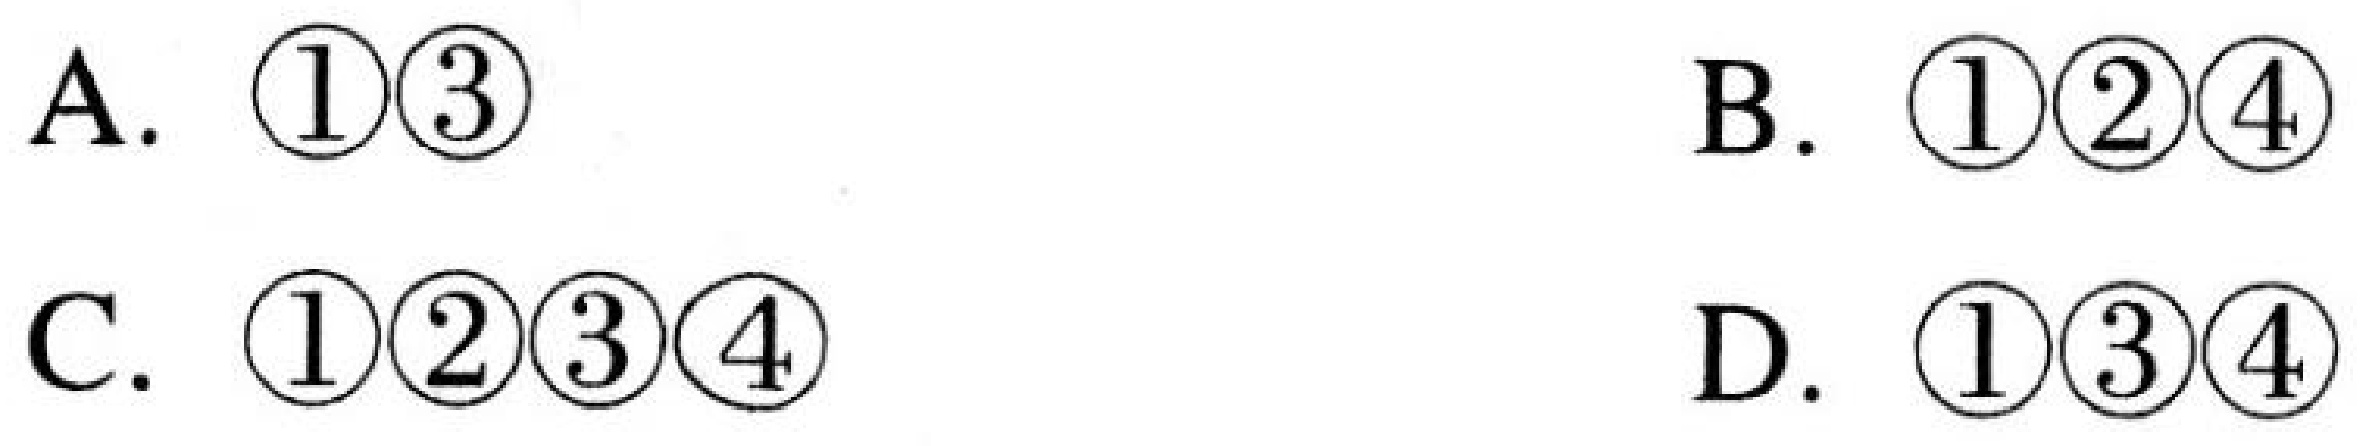
A. \(\textcircled{1}\textcircled{3}\)  B. \(\textcircled{1}\textcircled{2}\textcircled{4}\)  C. \(\textcircled{1}\textcircled{2}\textcircled{3}\textcircled{4}\)  D. \(\textcircled{1}\textcircled{3}\textcircled{4}\)